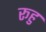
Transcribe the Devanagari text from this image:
रूहु